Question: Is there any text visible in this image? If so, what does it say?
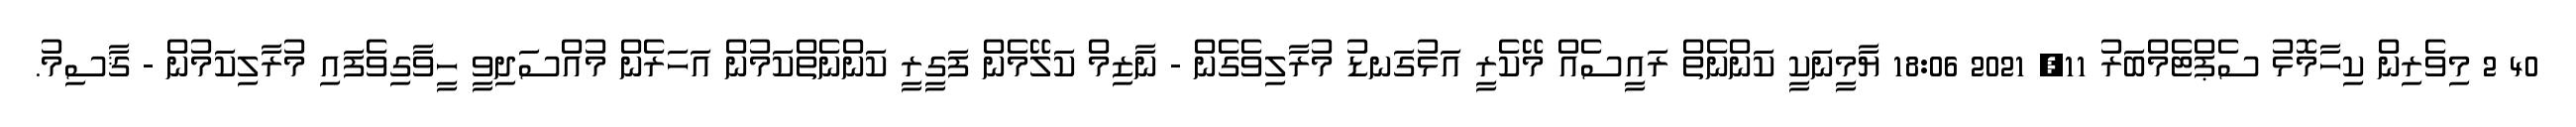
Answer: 40 2 މިވެރިން ކިހާމޮޅު ސެޕްޓެމްބަރު 11, 2021 18:06 ޔާމީނަކީ ކަންނެތް ރައީސެއް މޭކެރީ އަޅުގަނޑު މުރާލިވެގެން - ނާޒިމް ކަލޭމެން ފަގީރީ ކަންނެތްކަމުން އަހަރެން މުއްސަދިވީ ހީވާގިވެފައި މުރާލިކަމުން - ޤާސިމު.